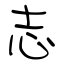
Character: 志